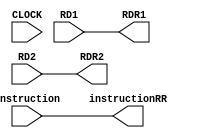
`timescale 100fs/100fs
module REX (
    input CLOCK,
    input [31:0] RD1,
    input [31:0] RD2,
    input [31:0] instruction,
    output [31:0] RDR1,
    output [31:0] RDR2,
    output [31:0] instructionRR
);

reg [31:0] r1, r2, r3;

always @(RD1,RD2,instruction) begin
    r1 = RD1;
    r2 = RD2;
    r3 = instruction;
    //$display("%b : %b : %b",r1, r2,r3);
end
assign RDR1 = r1;
assign RDR2 = r2;
assign instructionRR = r3;

endmodule